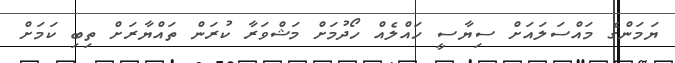
ޔަމަންގެ މައްސަލައަށް ސިޔާސީ ހައްލެއް ހޯދުމަށް މަޝްވަރާ ކުރަން ތައްޔާރަށް ތިބި ކަމަށް